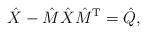
LaTeX: \begin{align*}\hat{X}-\hat{M}\hat{X}\hat{M}^{\rm T}=\hat{Q},\end{align*}